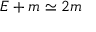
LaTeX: E + m \simeq 2 m